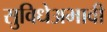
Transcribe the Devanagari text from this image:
सुविधेअभावी